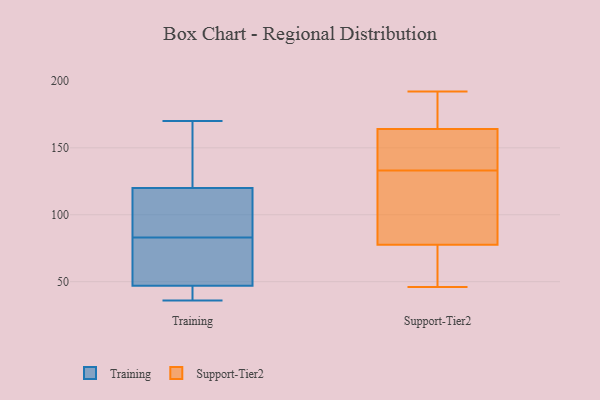
{"axis": {"x": "Active Users", "y": "Value"}, "legend": ["Support-Tier2", "Training"], "data": [{"x": "", "y": 43, "type": "Training"}, {"x": "", "y": 56, "type": "Training"}, {"x": "", "y": 120, "type": "Training"}, {"x": "", "y": 57, "type": "Training"}, {"x": "", "y": 164, "type": "Training"}, {"x": "", "y": 117, "type": "Training"}, {"x": "", "y": 102, "type": "Training"}, {"x": "", "y": 47, "type": "Training"}, {"x": "", "y": 36, "type": "Training"}, {"x": "", "y": 113, "type": "Training"}, {"x": "", "y": 41, "type": "Training"}, {"x": "", "y": 64, "type": "Training"}, {"x": "", "y": 170, "type": "Training"}, {"x": "", "y": 165, "type": "Training"}, {"x": "", "y": 46, "type": "Support-Tier2"}, {"x": "", "y": 77, "type": "Support-Tier2"}, {"x": "", "y": 47, "type": "Support-Tier2"}, {"x": "", "y": 186, "type": "Support-Tier2"}, {"x": "", "y": 192, "type": "Support-Tier2"}, {"x": "", "y": 162, "type": "Support-Tier2"}, {"x": "", "y": 172, "type": "Support-Tier2"}, {"x": "", "y": 134, "type": "Support-Tier2"}, {"x": "", "y": 150, "type": "Support-Tier2"}, {"x": "", "y": 91, "type": "Support-Tier2"}, {"x": "", "y": 151, "type": "Support-Tier2"}, {"x": "", "y": 132, "type": "Support-Tier2"}, {"x": "", "y": 66, "type": "Support-Tier2"}, {"x": "", "y": 166, "type": "Support-Tier2"}, {"x": "", "y": 106, "type": "Support-Tier2"}, {"x": "", "y": 78, "type": "Support-Tier2"}]}